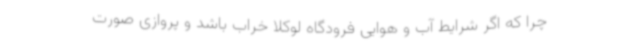
چرا که اگر شرایط آب و هوایی فرودگاه لوکلا خراب باشد و پروازی صورت